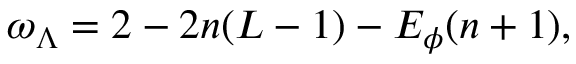
\omega _ { \Lambda } = 2 - 2 n ( L - 1 ) - E _ { \phi } ( n + 1 ) ,